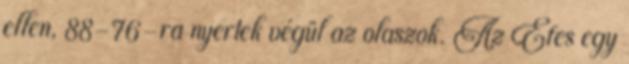
ellen, 88-76-ra nyertek végül az olaszok. Az Efes egy